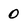
Character: 0